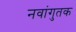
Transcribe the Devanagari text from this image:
नवांगुतक